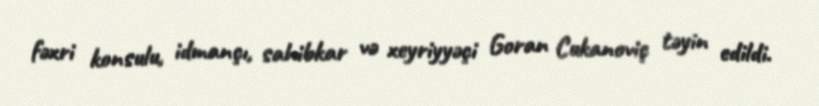
fəxri konsulu, idmançı, sahibkar və xeyriyyəçi Goran Cukanoviç təyin edildi.